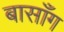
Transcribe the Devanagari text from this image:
बासाँग